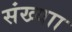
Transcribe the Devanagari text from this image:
संख्याा